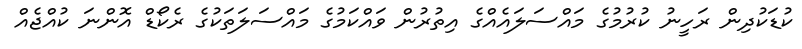
ކުޑަކުދިން ރަހީނު ކުރުމުގެ މައްސަލައެއްގެ އިތުރުން ވައްކަމުގެ މައްސަލަތަކުގެ ރެކޯޑް އޮންނަ ކުއްޖެެއް